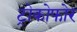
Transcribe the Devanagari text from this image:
ट्रोकोफोर